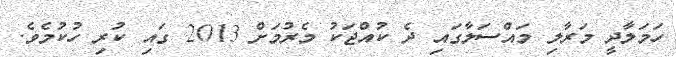
ހަމަލާދީ މަރާލި މައްސަލާގައި ދެ ކުއްޖަކު މެރުމަށް 2013 ގައި ކުރި ހުކުމެވެ.